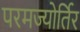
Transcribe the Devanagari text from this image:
परमज्‍योर्तिर